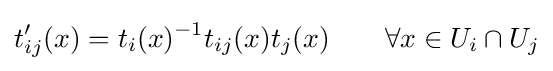
t'_{ij}(x)=t_{i}(x)^{-1}t_{ij}(x)t_{j}(x)\qquad \forall x\in U_{i}\cap U_{j}